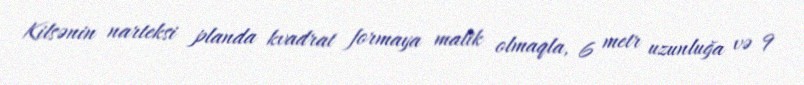
Kilsənin narteksi planda kvadrat formaya malik olmaqla, 6 metr uzunluğa və 9